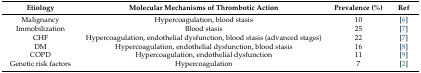
| Etiology | Molecular Mechanisms of Thrombotic Action | Prevalence (%) | Ref |
 | --- | --- | --- | --- |
 | Malignancy | Hypercoagulation, blood stasis | 10 | [6] |
 | Immobilization | Blood stasis | 25 | [7] |
 | CHF | Hypercoagulation, endothelial dysfunction, blood stasis (advanced stages) | 22 | [7] |
 | DM | Hypercoagulation, endothelial dysfunction, blood stasis | 16 | [8] |
 | COPD | Hypercoagulation, endothelial dysfunction | 11 | [9] |
 | Genetic risk factors | Hypercoagulation | 7 | [2] |